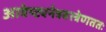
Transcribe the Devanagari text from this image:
आवेष्ट्यनेत्रवस्त्रेणततः